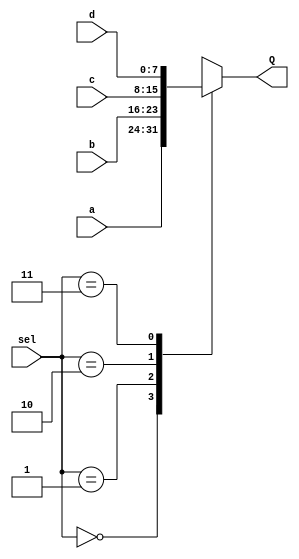
module mux2_4 ( sel, a, b, c, d, Q);

	input [1:0]sel;
	input [7:0]a, b, c, d;
	output reg [7:0] Q;


	always@(sel, a, b, c, d)
	case (sel)
		2'b00: Q = a;
		2'b01: Q = b;
		2'b10: Q = c;
		2'b11: Q = d;
		default; //Q = 2'bxx;
	endcase
endmodule